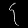
Digit: ၄